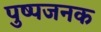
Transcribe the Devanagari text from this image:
पुष्पजनक